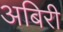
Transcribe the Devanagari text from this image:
अबिरी